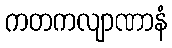
ကတကလျာဏာနံ